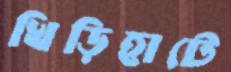
খিড়িহাটে